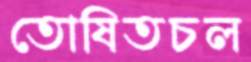
তোষিতচল